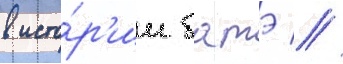
в исто́р'ии батэ //